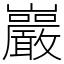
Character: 巖